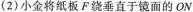
(2)小金将纸板F绕垂直于镜面的ON